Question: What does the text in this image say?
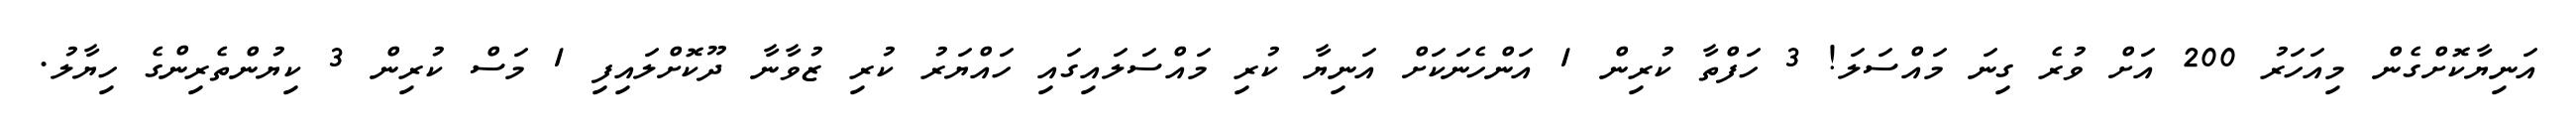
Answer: އަނިޔާކޮށްގެން މިއަހަރު 200 އަށް ވުރެ ގިނަ މައްސަލަ! 3 ހަފްތާ ކުރިން 1 އަންހެނަކަށް އަނިޔާ ކުރި މައްސަލައިގައި ހައްޔަރު ކުރި ޒުވާނާ ދޫކޮށްލައިފި 1 މަސް ކުރިން 3 ކިޔުންތެރިންގެ ހިޔާލު.